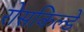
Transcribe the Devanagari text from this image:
रोसकिल्डे